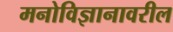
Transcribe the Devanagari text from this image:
मनोविज्ञानावरील